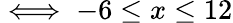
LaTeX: \iff-6\leq x\leq 12